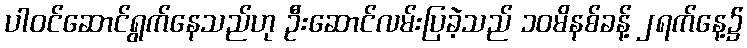
ပါဝင်ဆောင်ရွက်နေသည်ဟု ဦးဆောင်လမ်းပြခဲ့သည် ၁၀မိနစ်ခန့် ၂ရက်နေ့၌